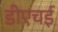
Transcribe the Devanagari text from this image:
डीएचई